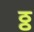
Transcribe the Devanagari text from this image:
ठ्ठ